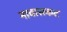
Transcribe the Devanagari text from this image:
नावासकट